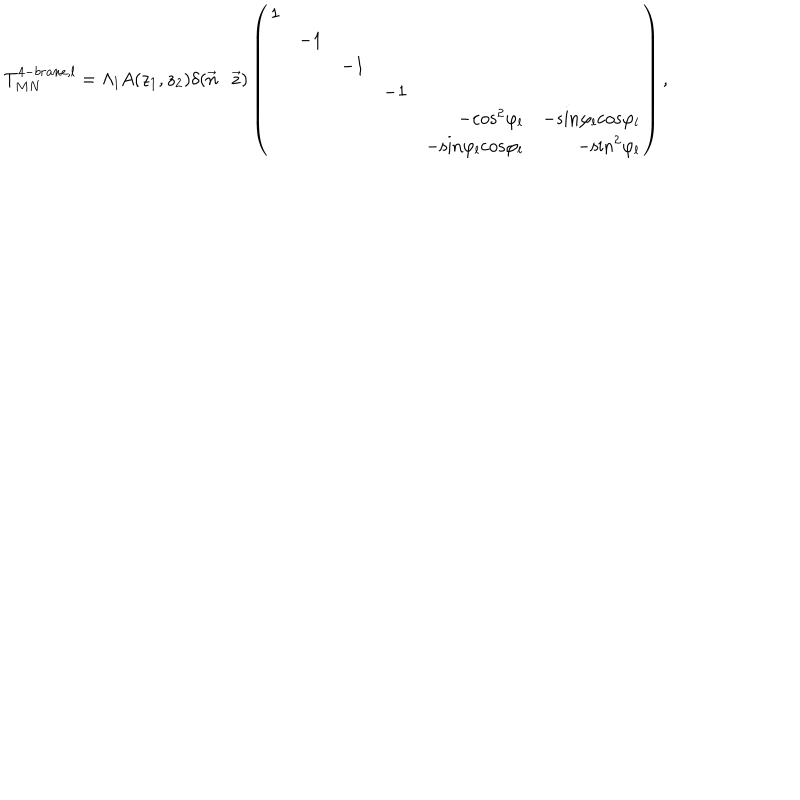
LaTeX: T _ { M N } ^ { 4 - b r a n e , l } = \Lambda _ { l } A ( z _ { 1 } , z _ { 2 } ) \delta ( \vec { n } \cdot \vec { z } ) \left( \begin{array} { r r r r r r } { { 1 } } & { { } } & { { } } & { { } } & { { } } & { { } } \\ { { } } & { { - 1 } } & { { } } & { { } } & { { } } & { { } } \\ { { } } & { { } } & { { - 1 } } & { { } } & { { } } & { { } } \\ { { } } & { { } } & { { } } & { { - 1 } } & { { } } & { { } } \\ { { } } & { { } } & { { } } & { { } } & { { - \mathrm { c o s } ^ { 2 } \varphi _ { l } } } & { { - \mathrm { s i n } \varphi _ { l } \mathrm { c o s } \varphi _ { l } } } \\ { { } } & { { } } & { { } } & { { } } & { { - \mathrm { s i n } \varphi _ { l } \mathrm { c o s } \varphi _ { l } } } & { { - \mathrm { s i n } ^ { 2 } \varphi _ { l } } } \\ \end{array} \right) ,